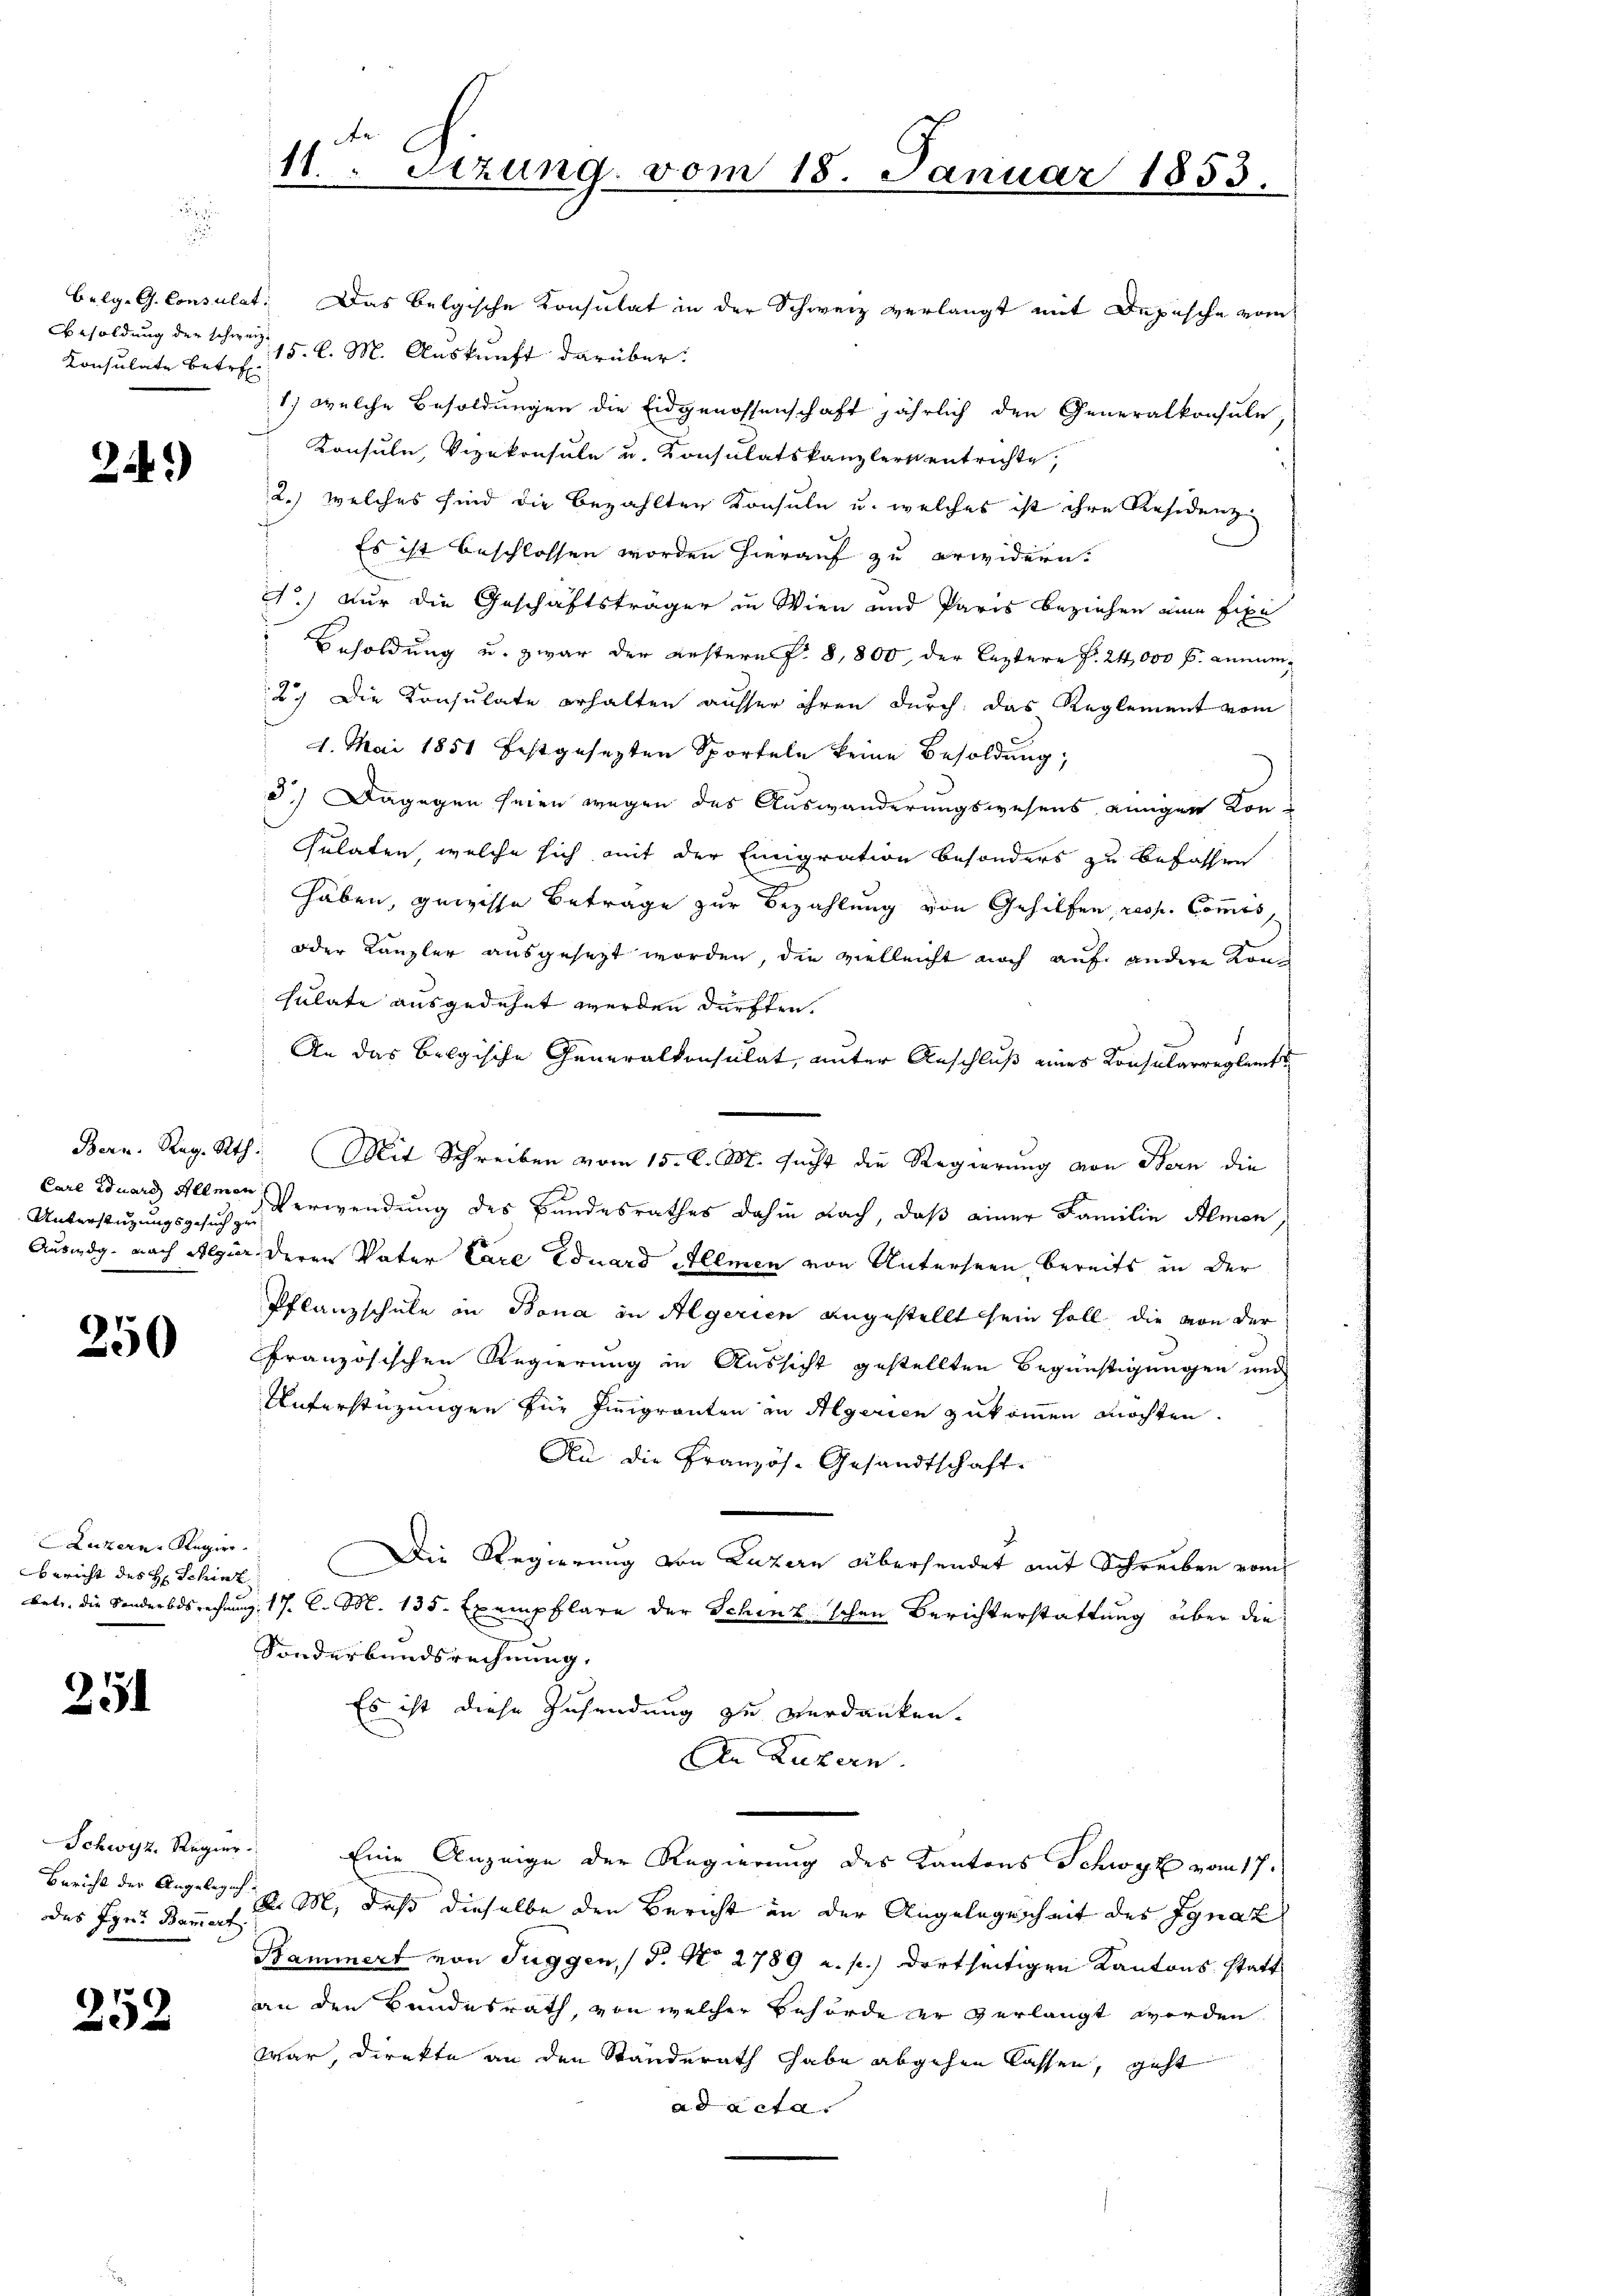
Besoldung der schweiz.
Konsulate betref¬

249)

Unterstützungsgesuch zu

250

Luzern Regier
Bericht des H. Schint
bet, die Sonderbes rechen

251

Bericht der Angelegung
odes Igr. Bammert.

252

11. Setzung vom 18. Januar 1853.

belg. G. Consulat. Das belgische Konsulat in der Schweiz verlangt mit Depesche vom
15. l. M. Auskunft darüber
1.) welche Besoldungen die Eidgenossenschaft jährlich den Generalkonsule
Konsule, Vizekonsule u. Konsulatskanzlers entrichte,
2.) welches sind die bezahlten Konsuln u. welches ist ihre Residenz
Es ist beschlossen worden hierauf zu erwidern.
A.) Nur die Geschäftsträger in Wien und Paris beziehen eine fixe
 Besoldung u. zwar der Gestern f. 8,800, der leztere Fr. 24,000 f. annum¬
2. Die Konsulate erhalten ausser ihren durch, das Reglement vom
1. Mai 1851 festgesezten Sporteln keine Besoldung;
d.) Dagegen seien wegen des Auswanderungswesens einigen Konsulaten, welche sich mit der Emigration besonders zu befassen
haben, gewisse Betrage zur Bezahlung von Gehilfen, resp. Commis,
oder Kanzler ausgesezt worden, die vielleicht noch auf andere Konsulate ausgedehnt werden dürften.
An das Belgische Generalkonsulat, unter Anschluß eines Konsularregleits
Bern. Reg. Rth. Mit Schreiben vom 15. d. M. sucht die Regierung von Stern die
Care Eduard Allmen Verwendung des Bundesrathes dahin nach, daß einer Familie Almen,
Ausweg, nach Algier deren Vater Care Eduard Illmen von Unterseen bereits in der
Pflanzschule in Bona in Algerien angestellt sein soll, die von der
französischen Regierung in Aussicht gestellten Begünstigungen und
Unterstüzungen für Immigranten in Algerien zukommen möchten.
An die Französ. Gesandtschaft.
Die Regierung von Luzern Übersendet mit Schreiben vom
Z. 17. C. M. 135. Exemplare der Schinz schen Berichterstattung über die
Sonderbandsrechnung.
Es ist diese Zusendung zu verdanken.
An Luzern.
Schwyz, Regier. Eine Anzeige der Regierung des Kantons Schwyz vom 17.
v. M., daß dieselbe der Bericht an der Angelegenheit des Ignaz
Bammert von Tuggen, 18. No 2789 a. p.) dortseitigen Kantons statt
an den Bundesrath, von welcher Behörde er verlangt werden.
war, direkte an den Standerath habe abgehen lassen, geht
ad acta